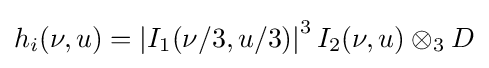
h_{i}(\nu ,u)=\left|I_{1}(\nu /3,u/3)\right|^{3}I_{2}(\nu ,u)\otimes _{3}D